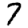
Digit: 7